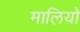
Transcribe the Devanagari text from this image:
मालियो